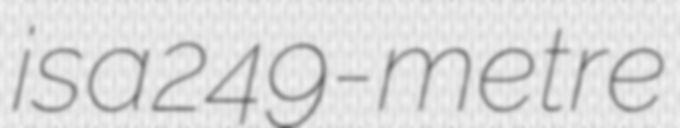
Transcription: is a 249-metre